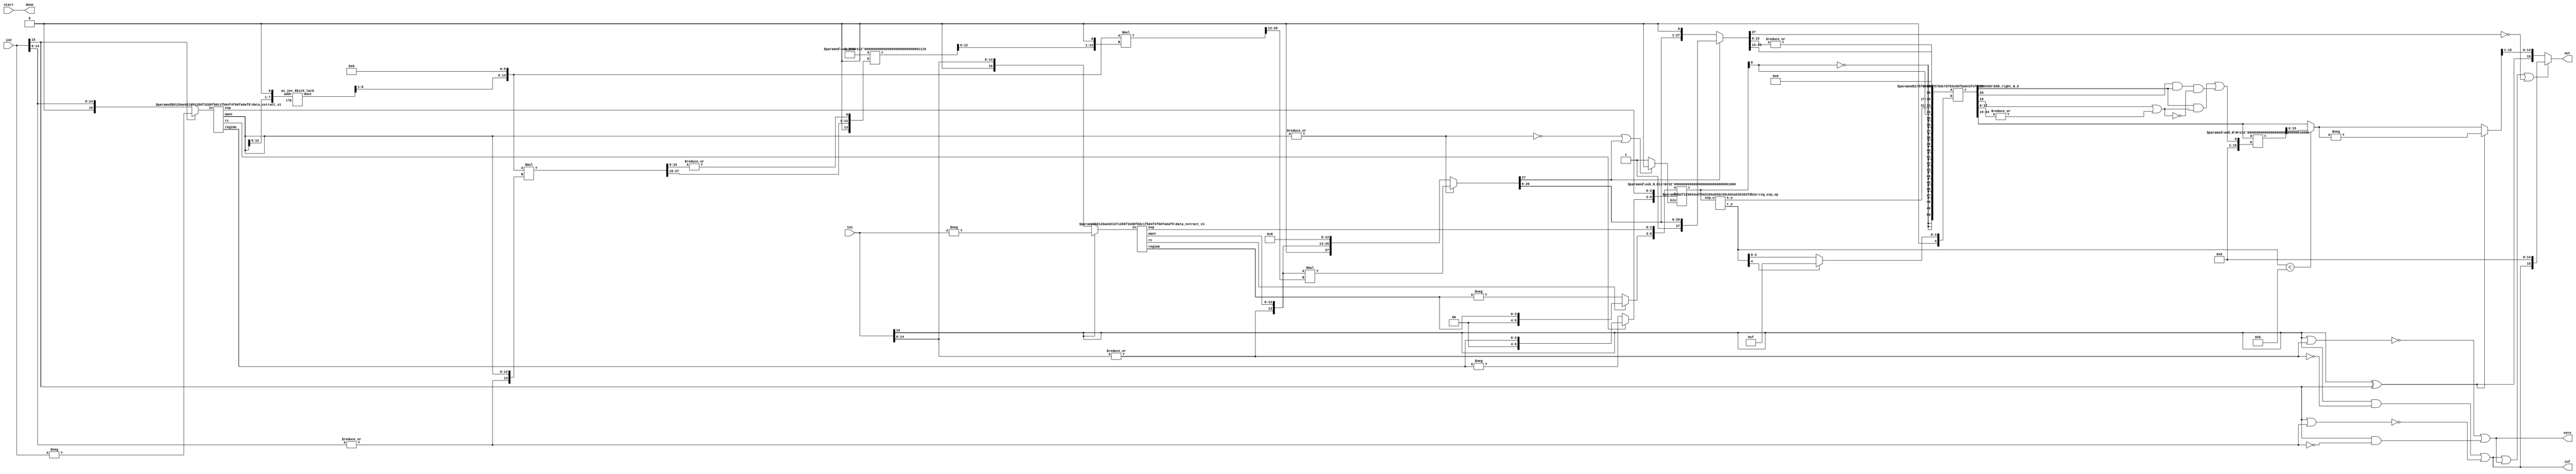
`timescale 1ns / 1ps

//(* use_dsp = "no" *)
module posit_div(in1, in2, start, out, inf, zero, done);
function [31:0] log2;
input reg [31:0] value;
	begin
	value = value-1;
	for (log2=0; value>0; log2=log2+1)
        	value = value>>1;
      	end
endfunction

parameter N = 16;
parameter Bs = log2(N); 
parameter es = 3;
parameter NR_Iter = 1;							// 2 for 32 bits, 1 for 16 bits, 0 for 8bits
parameter NRB = 2**NR_Iter;
parameter M = N-es;
parameter IW_MAX = 8;							//Max intial approximation storage bit-width
parameter IW = (NRB == 1 ) ? M : (M/NRB + ((M%NRB > 0) ? 1 : 0));	//(must be <= IW_MAX) 1/4th width of Mantissa: inverse width to be used in NR iterations multiplication 
parameter AW_MAX = 8;							//Max Address width of the intial approximation storage
parameter AW = (NRB == 1) ? M : (M/NRB + ((M%NRB > 0) ? 1 : 0));	//Actual address width used for initial approximation (AW must be <= AW_MAX)


input [N-1:0] in1, in2;
input start; 
output [N-1:0] out;
output inf, zero;
output done;

wire start0= start;
wire s1 = in1[N-1];
wire s2 = in2[N-1];
wire zero_tmp1 = |in1[N-2:0];
wire zero_tmp2 = |in2[N-2:0];
wire inf1 = in1[N-1] & (~zero_tmp1),
	inf2 = in2[N-1] & (~zero_tmp2);
wire zero1 = ~(in1[N-1] | zero_tmp1),
	zero2 = ~(in2[N-1] | zero_tmp2);
assign inf = inf1 | zero2,
	zero = zero1 | inf2;

//Data Extraction
wire rc1, rc2;
wire [Bs-1:0] regime1, regime2;
wire [es-1:0] e1, e2;
wire [M-1:0] mant1, mant2;
wire [N-1:0] xin1 = s1 ? -in1 : in1;
wire [N-1:0] xin2 = s2 ? -in2 : in2;
data_extract_v1 #(.N(N),.es(es)) uut_de1(.in(xin1), .rc(rc1), .regime(regime1), .exp(e1), .mant(mant1));
data_extract_v1 #(.N(N),.es(es)) uut_de2(.in(xin2), .rc(rc2), .regime(regime2), .exp(e2), .mant(mant2));

wire [M:0] m1 = {zero_tmp1,mant1}, 
	m2 = {zero_tmp2,mant2};

//Sign, Exponent and Mantissa Computation
wire div_s = s1 ^ s2;

wire [Bs+1:0] r1 = rc1 ? {2'b0,regime1} : -regime1;
wire [Bs+1:0] r2 = rc2 ? {2'b0,regime2} : -regime2;

wire [IW_MAX:0] m2_inv0_tmp;
generate
	if (M >= AW_MAX) //for 2 NR iteration
		if (AW == AW_MAX)
			a1_inv_8bit9_lat0 i_uut (.clk(),.addr(m2[M-1:M-AW_MAX]),.dout(m2_inv0_tmp));
		else
			a1_inv_8bit9_lat0 i_uut (.clk(),.addr({m2[M-1:M-AW],{AW_MAX-AW{1'b0}}}),.dout(m2_inv0_tmp));
	else
		a1_inv_8bit9_lat0 i_uut (.clk(),.addr({m2[M-1:0],{AW_MAX-M{1'b0}}}),.dout(m2_inv0_tmp));//M =< AW_MAX, to use only a look-up table with 0-NR iteration.
endgenerate

wire [IW:0] m2_inv0;
assign m2_inv0 = m2_inv0_tmp[IW_MAX:IW_MAX-IW];

wire [2*M+1:0] div_m;
genvar i;
generate 
	wire [2*M+1:0] m2_inv [NR_Iter:0];

	if (NR_Iter > 0) begin
		assign m2_inv[0] = {1'b0,m2_inv0,{M-IW{1'b0}},{M{1'b0}}};
		wire [2*M+1:0] m2_inv_X_m2 [NR_Iter-1:0];
		wire [M+1:0] two_m2_inv_X_m2 [NR_Iter-1:0];
		for (i = 0; i < NR_Iter; i=i+1)begin : NR_Iteration
			assign m2_inv_X_m2[i] = {m2_inv[i][2*M:2*M-IW*(i+1)],{2*M-IW*(i+1)-M{1'b0}}} * m2;
			sub_N #(.N(M+1)) uut_sub_m2 ({1'b1,{M{1'b0}}}, {1'b0,m2_inv_X_m2[i][2*M+1:M+3],|m2_inv_X_m2[i][M+2:0]}, two_m2_inv_X_m2[i]);
			assign m2_inv[i+1] = {m2_inv[i][2*M:2*M-IW*(i+1)],{M-IW*(i+1){1'b0}}} * {two_m2_inv_X_m2[i][M-1:0],1'b0};
		end
	end
	else begin
		assign m2_inv[0] = {1'b0,m2_inv0,{M{1'b0}}};
	end
	assign div_m = ~|mant2 ? {1'b0,m1,{M{1'b0}}} : m1 * m2_inv[NR_Iter][2*M:M];

endgenerate

wire div_m_udf = div_m[2*M+1];
wire [2*M+1:0] div_mN = ~div_m_udf ? div_m << 1'b1 : div_m;

//Exponent and Regime Computation
wire bin = (~|mant2 | div_m_udf) ? 0 : 1;
wire [Bs+es+1:0] div_e;// = {r1, e1} - {r2, e2} - bin;// 1 + ~|mant2 + div_m_udf;
sub_N_Bin #(.N(Bs+es+1)) uut_div_e ({r1,e1}, {r2,e2}, bin, div_e);

wire [es-1:0] e_o;
wire [Bs:0] r_o;
reg_exp_op #(.es(es), .Bs(Bs)) uut_reg_ro (div_e[es+Bs+1:0], e_o, r_o);

//Exponent and Mantissa Packing
wire [2*N-1+3:0]tmp_o = {{N{~div_e[es+Bs+1]}},div_e[es+Bs+1],e_o,div_mN[2*M:2*M-(N-es-1)+1], div_mN[2*M-(N-es-1):2*M-(N-es-1)-1],|div_mN[2*M-(N-es-1)-2:0] };


//Including Regime bits in Exponent-Mantissa Packing
wire [3*N-1+3:0] tmp1_o;
DSR_right_N_S #(.N(3*N+3), .S(Bs+1)) dsr2 (.a({tmp_o,{N{1'b0}}}), .b(r_o[Bs] ? {Bs{1'b1}} : r_o), .c(tmp1_o));


//Rounding RNE : ulp_add = G.(R + S) + L.G.(~(R+S))
wire L = tmp1_o[N+4], G = tmp1_o[N+3], R = tmp1_o[N+2], St = |tmp1_o[N+1:0],
     ulp = ((G & (R | St)) | (L & G & ~(R | St)));
wire [N-1:0] rnd_ulp = {{N-1{1'b0}},ulp};

wire [N:0] tmp1_o_rnd_ulp;
add_N #(.N(N)) uut_add_ulp (tmp1_o[2*N-1+3:N+3], rnd_ulp, tmp1_o_rnd_ulp);
wire [N-1:0] tmp1_o_rnd = (r_o < M-2) ? tmp1_o_rnd_ulp[N-1:0] : tmp1_o[2*N-1+3:N+3];


//Final Output
wire [N-1:0] tmp1_oN = div_s ? -tmp1_o_rnd : tmp1_o_rnd;
assign out = inf|zero|(~div_mN[2*M+1]) ? {inf,{N-1{1'b0}}} : {div_s, tmp1_oN[N-1:1]},
	done = start0;

endmodule

/////////////////////////
module data_extract_v1(in, rc, regime, exp, mant);
function [31:0] log2;
input reg [31:0] value;
	begin
	value = value-1;
	for (log2=0; value>0; log2=log2+1)
        	value = value>>1;
      	end
endfunction

parameter N=16;
parameter Bs=log2(N);
parameter es = 2;

input [N-1:0] in;
output rc;
output [Bs-1:0] regime;
output [es-1:0] exp;
output [N-es-1:0] mant;

wire [N-1:0] xin = in;
assign rc = xin[N-2];

wire [N-1:0] xin_r = rc ? ~xin : xin;

wire [Bs-1:0] k;
LOD_N #(.N(N)) xinst_k(.in({xin_r[N-2:0],rc^1'b0}), .out(k));

assign regime = rc ? k-1 : k;

wire [N-1:0] xin_tmp;
DSR_left_N_S #(.N(N), .S(Bs)) ls (.a({xin[N-3:0],2'b0}),.b(k),.c(xin_tmp));

assign exp= xin_tmp[N-1:N-es];
assign mant= xin_tmp[N-es-1:0];

endmodule



/////////////////
module sub_N (a,b,c);
parameter N=10;
input [N-1:0] a,b;
output [N:0] c;
assign c = {1'b0,a} - {1'b0,b};
endmodule

/////////////////////////
module sub_N_Bin (a,b,bin,c);
parameter N=10;
input [N:0] a,b;
input bin;
output [N:0] c;
assign c = a - b - bin;
endmodule


/////////////////////////
module add_N (a,b,c);
parameter N=10;
input [N-1:0] a,b;
output [N:0] c;
assign c = {1'b0,a} + {1'b0,b};
endmodule

/////////////////////////
module add_1 (a,mant_ovf,c);
parameter N=10;
input [N:0] a;
input mant_ovf;
output [N:0] c;
assign c = a + mant_ovf;
endmodule

/////////////////////////
module conv_2c (a,c);
parameter N=10;
input [N:0] a;
output [N:0] c;
assign c = a + 1'b1;
endmodule

/////////////////////////
module reg_exp_op (exp_o, e_o, r_o);
parameter es=3;
parameter Bs=5;
input [es+Bs+1:0] exp_o;
output [es-1:0] e_o;
output [Bs:0] r_o;

assign e_o = exp_o[es-1:0];

wire [es+Bs:0] exp_oN_tmp;
conv_2c #(.N(es+Bs)) uut_conv_2c1 (~exp_o[es+Bs:0],exp_oN_tmp);
wire [es+Bs:0] exp_oN = exp_o[es+Bs+1] ? exp_oN_tmp[es+Bs:0] : exp_o[es+Bs:0];

assign r_o = (~exp_o[es+Bs+1] || |(exp_oN[es-1:0])) ? exp_oN[es+Bs:es] + 1 : exp_oN[es+Bs:es];
endmodule

/////////////////////////
module DSR_left_N_S(a,b,c);
        parameter N=16;
        parameter S=4;
        input [N-1:0] a;
        input [S-1:0] b;
        output [N-1:0] c;

wire [N-1:0] tmp [S-1:0];
assign tmp[0]  = b[0] ? a << 7'd1  : a; 
genvar i;
generate
	for (i=1; i<S; i=i+1)begin:loop_blk
		assign tmp[i] = b[i] ? tmp[i-1] << 2**i : tmp[i-1];
	end
endgenerate
assign c = tmp[S-1];

endmodule


/////////////////////////
module DSR_right_N_S(a,b,c);
        parameter N=16;
        parameter S=4;
        input [N-1:0] a;
        input [S-1:0] b;
        output [N-1:0] c;

wire [N-1:0] tmp [S-1:0];
assign tmp[0]  = b[0] ? a >> 7'd1  : a; 
genvar i;
generate
	for (i=1; i<S; i=i+1)begin:loop_blk
		assign tmp[i] = b[i] ? tmp[i-1] >> 2**i : tmp[i-1];
	end
endgenerate
assign c = tmp[S-1];

endmodule

/////////////////////////
module LOD_N (in, out);

  function [31:0] log2;
    input reg [31:0] value;
    begin
      value = value-1;
      for (log2=0; value>0; log2=log2+1)
	value = value>>1;
    end
  endfunction

parameter N = 64;
parameter S = log2(N); 
input [N-1:0] in;
output [S-1:0] out;

wire vld;
LOD #(.N(N)) l1 (in, out, vld);
endmodule


/////////////////////////
module LOD (in, out, vld);

  function [31:0] log2;
    input reg [31:0] value;
    begin
      value = value-1;
      for (log2=0; value>0; log2=log2+1)
	value = value>>1;
    end
  endfunction


parameter N = 64;
parameter S = log2(N);

   input [N-1:0] in;
   output [S-1:0] out;
   output vld;

  generate
    if (N == 2)
      begin
	assign vld = |in;
	assign out = ~in[1] & in[0];
      end
    else if (N & (N-1))
      //LOD #(1<<S) LOD ({1<<S {1'b0}} | in,out,vld);
      LOD #(1<<S) LOD ({in,{((1<<S) - N) {1'b0}}},out,vld);
    else
      begin
	wire [S-2:0] out_l, out_h;
	wire out_vl, out_vh;
	LOD #(N>>1) l(in[(N>>1)-1:0],out_l,out_vl);
	LOD #(N>>1) h(in[N-1:N>>1],out_h,out_vh);
	assign vld = out_vl | out_vh;
	assign out = out_vh ? {1'b0,out_h} : {out_vl,out_l};
      end
  endgenerate
endmodule

/////////////////////////
module a1_inv_8bit9_lat0 (clk, addr, dout);
  input clk;
  output reg [8 : 0] dout;
  input  [7 : 0] addr;

   reg [8:0] a1_inv_rom [(2**8-1):0];

always @(*) begin 
	case (addr) 
		8'd000	:       dout <= 9'h1ff;
		8'd001  :       dout <= 9'h1fe;
		8'd002  :       dout <= 9'h1fc;
                8'd003  :       dout <= 9'h1fa;
	        8'd004  :       dout <= 9'h1f8;
                8'd005  :       dout <= 9'h1f6;
                8'd006  :       dout <= 9'h1f4;
                8'd007  :       dout <= 9'h1f2;
                8'd008	:       dout <= 9'h1f0;
                8'd009  :       dout <= 9'h1ee;
                8'd010  :       dout <= 9'h1ec;
                8'd011  :       dout <= 9'h1ea;
                8'd012  :       dout <= 9'h1e9;
                8'd013  :       dout <= 9'h1e7;
                8'd014  :       dout <= 9'h1e5;
                8'd015  :       dout <= 9'h1e3;
                8'd016  :       dout <= 9'h1e1;
                8'd017  :       dout <= 9'h1e0;
                8'd018	:       dout <= 9'h1de;
                8'd019  :       dout <= 9'h1dc;
                8'd020  :       dout <= 9'h1da;
                8'd021  :       dout <= 9'h1d9;
                8'd022  :       dout <= 9'h1d7;
                8'd023  :       dout <= 9'h1d5;
                8'd024  :       dout <= 9'h1d4;
                8'd025  :       dout <= 9'h1d2;
                8'd026  :       dout <= 9'h1d0;
                8'd027  :       dout <= 9'h1cf;
                8'd028	:       dout <= 9'h1cd;
                8'd029  :       dout <= 9'h1cb;
                8'd030  :       dout <= 9'h1ca;
                8'd031  :       dout <= 9'h1c8;
                8'd032  :       dout <= 9'h1c7;
                8'd033  :       dout <= 9'h1c5;
                8'd034  :       dout <= 9'h1c3;
                8'd035  :       dout <= 9'h1c2;
                8'd036  :       dout <= 9'h1c0;
                8'd037  :       dout <= 9'h1bf;
                8'd038	:       dout <= 9'h1bd;
                8'd039  :       dout <= 9'h1bc;
                8'd040  :       dout <= 9'h1ba;
                8'd041  :       dout <= 9'h1b9;
                8'd042  :       dout <= 9'h1b7;
                8'd043  :       dout <= 9'h1b6;
                8'd044  :       dout <= 9'h1b4;
                8'd045  :       dout <= 9'h1b3;
                8'd046  :       dout <= 9'h1b2;
                8'd047  :       dout <= 9'h1b0;
                8'd048	:       dout <= 9'h1af;
                8'd049  :       dout <= 9'h1ad;
                8'd050  :       dout <= 9'h1ac;
                8'd051  :       dout <= 9'h1aa;
                8'd052  :       dout <= 9'h1a9;
                8'd053  :       dout <= 9'h1a8;
                8'd054  :       dout <= 9'h1a6;
                8'd055  :       dout <= 9'h1a5;
                8'd056  :       dout <= 9'h1a4;
                8'd057  :       dout <= 9'h1a2;
                8'd058	:       dout <= 9'h1a1;
                8'd059  :       dout <= 9'h1a0;
                8'd060  :       dout <= 9'h19e;
                8'd061  :       dout <= 9'h19d;
                8'd062  :       dout <= 9'h19c;
                8'd063  :       dout <= 9'h19a;
                8'd064  :       dout <= 9'h199;
                8'd065  :       dout <= 9'h198;
                8'd066  :       dout <= 9'h197;
                8'd067  :       dout <= 9'h195;
                8'd068	:       dout <= 9'h194;
                8'd069  :       dout <= 9'h193;
                8'd070  :       dout <= 9'h192;
                8'd071  :       dout <= 9'h190;
                8'd072  :       dout <= 9'h18f;
                8'd073  :       dout <= 9'h18e;
                8'd074  :       dout <= 9'h18d;
                8'd075  :       dout <= 9'h18b;
                8'd076  :       dout <= 9'h18a;
                8'd077  :       dout <= 9'h189;
                8'd078	:       dout <= 9'h188;
                8'd079  :       dout <= 9'h187;
                8'd080  :       dout <= 9'h186;
                8'd081  :       dout <= 9'h184;
                8'd082  :       dout <= 9'h183;
                8'd083  :       dout <= 9'h182;
                8'd084  :       dout <= 9'h181;
                8'd085  :       dout <= 9'h180;
                8'd086  :       dout <= 9'h17f;
                8'd087  :       dout <= 9'h17e;
                8'd088	:       dout <= 9'h17d;
                8'd089  :       dout <= 9'h17b;
                8'd090  :       dout <= 9'h17a;
                8'd091  :       dout <= 9'h179;
                8'd092  :       dout <= 9'h178;
                8'd093  :       dout <= 9'h177;
                8'd094  :       dout <= 9'h176;
                8'd095  :       dout <= 9'h175;
                8'd096  :       dout <= 9'h174;
                8'd097  :       dout <= 9'h173;
                8'd098	:       dout <= 9'h172;
                8'd099  :       dout <= 9'h171;
                8'd100  :       dout <= 9'h170;
                8'd101  :       dout <= 9'h16f;
                8'd102  :       dout <= 9'h16e;
                8'd103  :       dout <= 9'h16d;
                8'd104  :       dout <= 9'h16c;
                8'd105  :       dout <= 9'h16b;
                8'd106  :       dout <= 9'h16a;
                8'd107  :       dout <= 9'h169;
                8'd108	:       dout <= 9'h168;
                8'd109  :       dout <= 9'h167;
                8'd110  :       dout <= 9'h166;
                8'd111  :       dout <= 9'h165;
                8'd112  :       dout <= 9'h164;
                8'd113  :       dout <= 9'h163;
                8'd114  :       dout <= 9'h162;
                8'd115  :       dout <= 9'h161;
                8'd116  :       dout <= 9'h160;
                8'd117  :       dout <= 9'h15f;
                8'd118	:       dout <= 9'h15e;
                8'd119  :       dout <= 9'h15d;
                8'd120  :       dout <= 9'h15c;
                8'd121  :       dout <= 9'h15b;
                8'd122  :       dout <= 9'h15a;
                8'd123  :       dout <= 9'h159;
                8'd124  :       dout <= 9'h158;
                8'd125  :       dout <= 9'h158;
                8'd126  :       dout <= 9'h157;
                8'd127  :       dout <= 9'h156;
                8'd128	:       dout <= 9'h155;
                8'd129  :       dout <= 9'h154;
                8'd130  :       dout <= 9'h153;
                8'd131  :       dout <= 9'h152;
                8'd132  :       dout <= 9'h151;
                8'd133  :       dout <= 9'h150;
                8'd134  :       dout <= 9'h150;
                8'd135  :       dout <= 9'h14f;
                8'd136  :       dout <= 9'h14e;
                8'd137  :       dout <= 9'h14d;
                8'd138	:       dout <= 9'h14c;
                8'd139  :       dout <= 9'h14b;
                8'd140  :       dout <= 9'h14a;
                8'd141  :       dout <= 9'h14a;
                8'd142  :       dout <= 9'h149;
                8'd143  :       dout <= 9'h148;
                8'd144  :       dout <= 9'h147;
                8'd145  :       dout <= 9'h146;
                8'd146  :       dout <= 9'h146;
                8'd147  :       dout <= 9'h145;
                8'd148	:       dout <= 9'h144;
                8'd149  :       dout <= 9'h143;
                8'd150  :       dout <= 9'h142;
                8'd151  :       dout <= 9'h142;
                8'd152  :       dout <= 9'h141;
                8'd153  :       dout <= 9'h140;
                8'd154  :       dout <= 9'h13f;
                8'd155  :       dout <= 9'h13e;
                8'd156  :       dout <= 9'h13e;
                8'd157  :       dout <= 9'h13d;
                8'd158	:       dout <= 9'h13c;
                8'd159  :       dout <= 9'h13b;
                8'd160  :       dout <= 9'h13b;
                8'd161  :       dout <= 9'h13a;
                8'd162  :       dout <= 9'h139;
                8'd163  :       dout <= 9'h138;
                8'd164  :       dout <= 9'h138;
                8'd165  :       dout <= 9'h137;
                8'd166  :       dout <= 9'h136;
                8'd167  :       dout <= 9'h135;
                8'd168	:       dout <= 9'h135;
                8'd169  :       dout <= 9'h134;
                8'd170  :       dout <= 9'h133;
                8'd171  :       dout <= 9'h132;
                8'd172  :       dout <= 9'h132;
                8'd173  :       dout <= 9'h131;
                8'd174  :       dout <= 9'h130;
                8'd175  :       dout <= 9'h130;
                8'd176  :       dout <= 9'h12f;
                8'd177  :       dout <= 9'h12e;
                8'd178	:       dout <= 9'h12e;
                8'd179  :       dout <= 9'h12d;
                8'd180  :       dout <= 9'h12c;
                8'd181  :       dout <= 9'h12b;
                8'd182  :       dout <= 9'h12b;
                8'd183  :       dout <= 9'h12a;
                8'd184  :       dout <= 9'h129;
                8'd185  :       dout <= 9'h129;
                8'd186  :       dout <= 9'h128;
                8'd187  :       dout <= 9'h127;
                8'd188	:       dout <= 9'h127;
                8'd189  :       dout <= 9'h126;
                8'd190  :       dout <= 9'h125;
                8'd191  :       dout <= 9'h125;
                8'd192  :       dout <= 9'h124;
                8'd193  :       dout <= 9'h123;
                8'd194  :       dout <= 9'h123;
                8'd195  :       dout <= 9'h122;
                8'd196  :       dout <= 9'h121;
                8'd197  :       dout <= 9'h121;
                8'd198	:       dout <= 9'h120;
                8'd199  :       dout <= 9'h120;
                8'd200  :       dout <= 9'h11f;
                8'd201  :       dout <= 9'h11e;
                8'd202  :       dout <= 9'h11e;
                8'd203  :       dout <= 9'h11d;
                8'd204  :       dout <= 9'h11c;
                8'd205  :       dout <= 9'h11c;
                8'd206  :       dout <= 9'h11b;
                8'd207  :       dout <= 9'h11b;
                8'd208	:       dout <= 9'h11a;
                8'd209  :       dout <= 9'h119;
                8'd210  :       dout <= 9'h119;
                8'd211  :       dout <= 9'h118;
                8'd212  :       dout <= 9'h118;
                8'd213  :       dout <= 9'h117;
                8'd214  :       dout <= 9'h116;
                8'd215  :       dout <= 9'h116;
                8'd216  :       dout <= 9'h115;
                8'd217  :       dout <= 9'h115;
                8'd218	:       dout <= 9'h114;
                8'd219  :       dout <= 9'h113;
                8'd220  :       dout <= 9'h113;
                8'd221  :       dout <= 9'h112;
                8'd222  :       dout <= 9'h112;
                8'd223  :       dout <= 9'h111;
                8'd224  :       dout <= 9'h111;
                8'd225  :       dout <= 9'h110;
                8'd226  :       dout <= 9'h10f;
                8'd227  :       dout <= 9'h10f;
                8'd228	:       dout <= 9'h10e;
                8'd229  :       dout <= 9'h10e;
                8'd230  :       dout <= 9'h10d;
                8'd231  :       dout <= 9'h10d;
                8'd232  :       dout <= 9'h10c;
                8'd233  :       dout <= 9'h10c;
                8'd234  :       dout <= 9'h10b;
                8'd235  :       dout <= 9'h10a;
                8'd236  :       dout <= 9'h10a;
                8'd237  :       dout <= 9'h109;
                8'd238	:       dout <= 9'h109;
                8'd239  :       dout <= 9'h108;
                8'd240  :       dout <= 9'h108;
                8'd241  :       dout <= 9'h107;
                8'd242  :       dout <= 9'h107;
                8'd243  :       dout <= 9'h106;
                8'd244  :       dout <= 9'h106;
                8'd245  :       dout <= 9'h105;
                8'd246  :       dout <= 9'h105;
                8'd247  :       dout <= 9'h104;
                8'd248	:       dout <= 9'h104;
                8'd249  :       dout <= 9'h103;
                8'd250  :       dout <= 9'h103;
                8'd251  :       dout <= 9'h102;
                8'd252  :       dout <= 9'h102;
                8'd253  :       dout <= 9'h101;
                8'd254  :       dout <= 9'h101;
                8'd255  :       dout <= 9'h100;
		default : 	dout <= 9'h0;
	endcase
end

endmodule